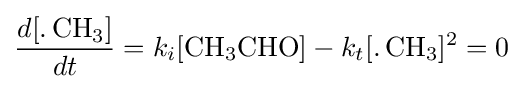
{\frac {d[{\ce {.CH3}}]}{dt}}=k_{i}[{\ce {CH3CHO}}]-k_{t}[{\ce {.CH3}}]^{2}=0